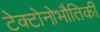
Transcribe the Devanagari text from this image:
टेक्टोनोभौतिकी